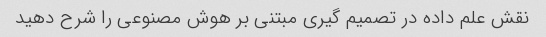
نقش علم داده در تصمیم گیری مبتنی بر هوش مصنوعی را شرح دهید